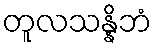
တူလသန္နိဘံ